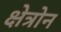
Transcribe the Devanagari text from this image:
क्षेत्रोन